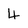
Character: 4